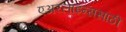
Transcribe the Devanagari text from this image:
एअरलाइन्ससाठी